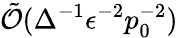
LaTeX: \tilde{\mathcal{O}}(\Delta^{-1}\epsilon^{-2}p_{0}^{-2})